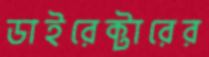
ডাইরেক্টারের